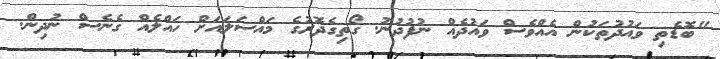
"ބޮޑެތި ވައުދުތަކުން އެއްވެސް ވައުދެއް ނުފުދުނު. ގޯތިގެދޮރުގެ މައްސަލައަށް ހައްލެއް ގެނެސް ނުދިން.